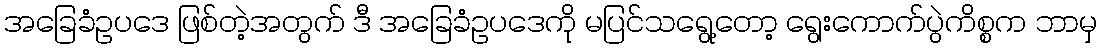
အခြေခံဥပဒေ ဖြစ်တဲ့အတွက် ဒီ အခြေခံဥပဒေကို မပြင်သရွေ့တော့ ရွေးကောက်ပွဲကိစ္စက ဘာမှ